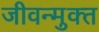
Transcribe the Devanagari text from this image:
जीवन्‍मुक्‍त